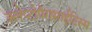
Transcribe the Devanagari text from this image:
क्लेप्टोपैरासाईटिस्म